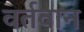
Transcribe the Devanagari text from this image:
वर्तवान